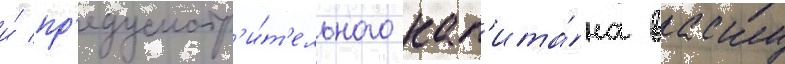
и́ пр'едусмотр'и́т'ельного кап'ита́на васку